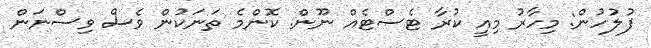
ފުލުހުން: މިހާރު މިއީ ކުރާ ޓެސްޓެއް ނޫން. ކޮންމެ ތަނަކުން ވެސް ވިސްނަން